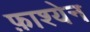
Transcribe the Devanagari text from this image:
फ़ाश्येन